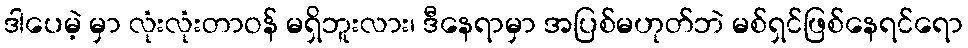
ဒါပေမဲ့ မှာ လုံးလုံးတာဝန် မရှိဘူးလား၊ ဒီနေရာမှာ အပြစ်မဟုတ်ဘဲ မစ်ရှင်ဖြစ်နေရင်ရော